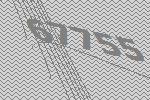
67755